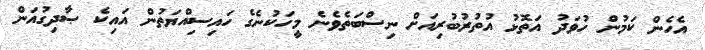
އެހެން ކަމުން ހުވަދު އަތޮޅު އުތުރުބުރިއަށް ނިސްބަތެވެނެ މީހަކުނެގެ ހައިސިއްޔަތުން އައިކެ ޞާދިގުއަން